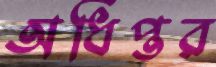
অধিপ্তর